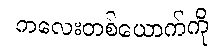
ကလေးတစ်ယောက်ကို